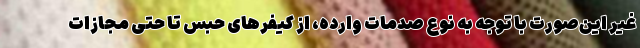
غیر این‌صورت با توجه به نوع صدمات وارده، از کیفرهای حبس تا حتی مجازات